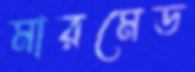
মারমেড